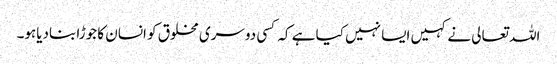
اللہ تعالی نے کہیں ایسا نہیں کیا ہے کہ کسی دوسری مخلوق کو انسان کا جوڑا بنادیاہو۔